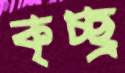
কৃচ্ছ্র